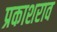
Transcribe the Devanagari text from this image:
प्रकाशराव